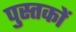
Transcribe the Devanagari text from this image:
पु्स्तकों